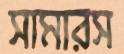
সামারস